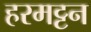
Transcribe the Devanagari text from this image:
हरमट्टन